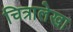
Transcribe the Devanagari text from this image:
चित्रालेखा